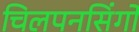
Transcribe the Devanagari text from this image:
चिलपनसिंगो